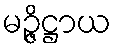
မဉ္ဇိဋ္ဌာယ